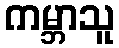
ကမ္ဘာသူ